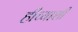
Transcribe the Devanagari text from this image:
हीच्याशी